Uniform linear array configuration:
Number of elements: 24
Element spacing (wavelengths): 0.5
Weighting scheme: cosine
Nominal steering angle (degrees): -60
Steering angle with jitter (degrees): -59.678
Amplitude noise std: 0.05
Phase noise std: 0.05

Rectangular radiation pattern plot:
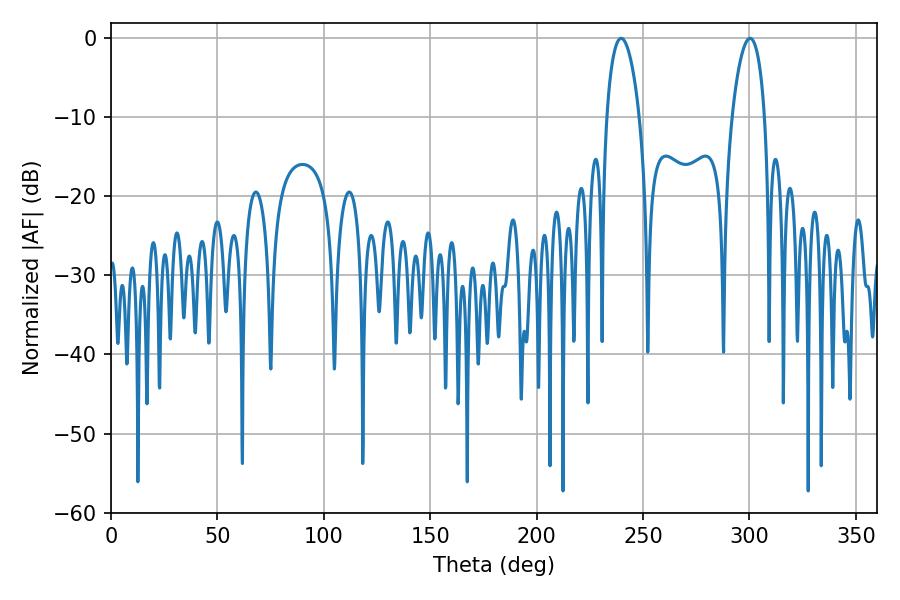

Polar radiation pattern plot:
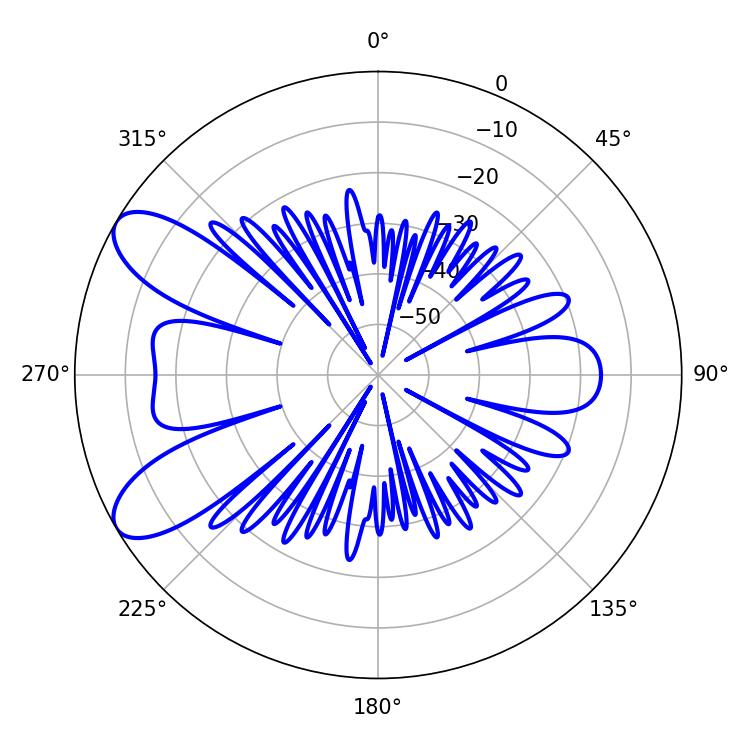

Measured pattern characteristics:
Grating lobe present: FALSE
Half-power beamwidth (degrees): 8.64
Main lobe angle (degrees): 300.24